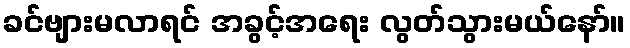
ခင်ဗျားမလာရင် အခွင့်အရေး လွတ်သွားမယ်နော်။